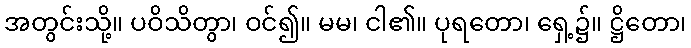
အတွင်းသို့။ ပဝိသိတွာ၊ ဝင်၍။ မမ၊ ငါ၏။ ပုရတော၊ ရှေ့၌။ ဋ္ဌိတော၊